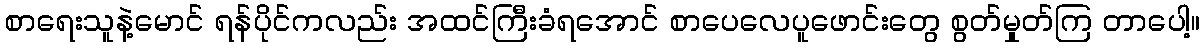
စာရေးသူနဲ့မောင် ရန်ပိုင်ကလည်း အထင်ကြီးခံရအောင် စာပေလေပူဖောင်းတွေ စွတ်မှုတ်ကြ တာပေါ့။